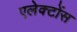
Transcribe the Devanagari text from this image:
एलेक्टोंस